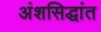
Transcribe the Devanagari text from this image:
अंशसिद्धांत